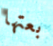
بعتها